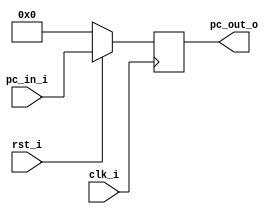
//Subject:     Architecture project 2 - PC
//--------------------------------------------------------------------------------
//Version:     1
//--------------------------------------------------------------------------------
//Writer:      
//----------------------------------------------
//Date:        
//----------------------------------------------
//Description: 
//--------------------------------------------------------------------------------

module ProgramCounter(
    clk_i,
	rst_i,
	pc_in_i,
	pc_out_o
);
     
//I/O ports
input           clk_i;
input	        rst_i;
input  [32-1:0] pc_in_i;
output [32-1:0] pc_out_o;
 
//Internal Signals
reg    [32-1:0] pc_out_o;
 
//Parameter

    
//Main function
always @(posedge clk_i) begin
    if(~rst_i)
	    pc_out_o <= 0;
	else
	    pc_out_o <= pc_in_i;
//$display("pc=%d",pc_out_o);
end

endmodule